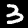
Label: 3